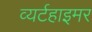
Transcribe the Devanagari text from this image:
व्यर्टहाइमर